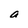
Character: a